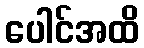
ပေါင်အထိ